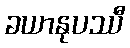
ခယာနုပဿီ